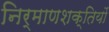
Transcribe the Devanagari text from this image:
निर्माणशक्तियों